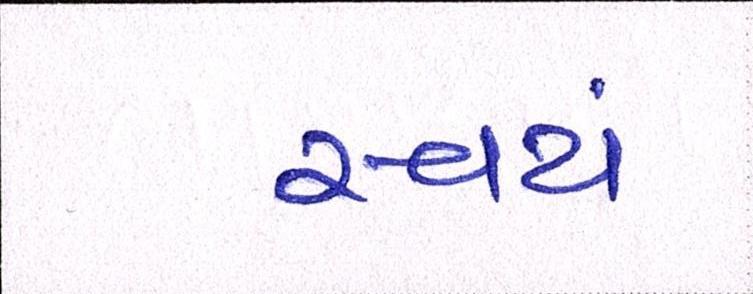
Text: સ્વયં